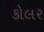
કોલર